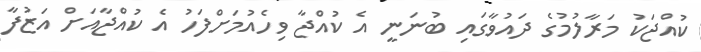
ކުއްޖަކު މަރާލުމުގެ ދައުވާގައި ބުނަނީ އެ ކުއްޖާ ވިހެއުމަށްފަހު އެ ކުއްޖާއަށް އަޒުފާ